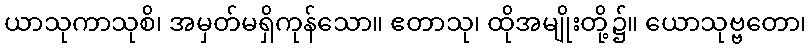
ယာသုကာသုစိ၊ အမှတ်မရှိကုန်သော။ ဧတာသု၊ ထိုအမျိုးတို့၌။ ယောသုဗ္ဗတော၊